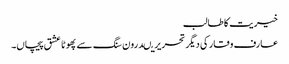
خیریت کا طالب
عارف وقار کی دیگر تحریریںدرون سنگ سے پھوٹا عشق پیچاں۔